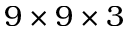
9 \times 9 \times 3